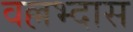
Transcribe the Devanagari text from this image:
वल्लभ्दास